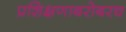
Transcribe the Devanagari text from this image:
प्रशिक्षणाबरोबरच